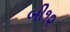
બી૧૨